Lunatic asylums Central Provinces reports 1874-1885 - 1874-1885
Year: 1874
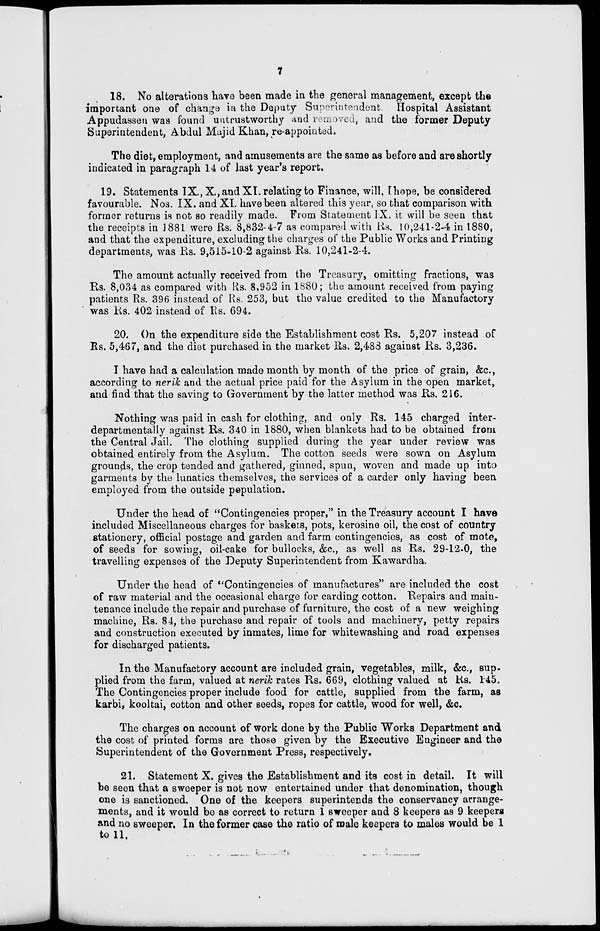
7
18. No alterations have been made in the general management, except the
important one of change in the Deputy Superintendent. Hospital Assistant
Appudassen was found untrustworthy and removed, and the former Deputy
Superintendent, Abdul Majid Khan, re-appointed.
The diet, employment, and amusements are the same as before and are shortly
indicated in paragraph 14 of last year's report.
19. Statements IX., X., and XI. relating to Finance, will, I hope, be considered
favourable. Nos. IX. and XI. have been altered this year, so that comparison with
former returns is not so readily made. From Statement IX. it will be seen that
the receipts in 1881 were Rs. 8,832-4-7 as compared with Rs. 10,241-2-4 in 1880,
and that the expenditure, excluding the charges of the Public Works and Printing
departments, was Rs. 9,515-10-2 against Rs. 10,241-2-4.
The amount actually received from the Treasury, omitting fractions, was
Rs. 8,034 as compared with Rs. 8,952 in 1880; the amount received from paying
patients Rs. 396 instead of Rs. 253, but the value credited to the Manufactory
was Rs. 402 instead of Rs. 694.
20. On the expenditure side the Establishment cost Rs. 5,207 instead of
Rs. 5,467, and the diet purchased in the market Rs. 2,483 against Rs. 3,236.
I have had a calculation made month by month of the price of grain, &c.,
according to nerik and the actual price paid for the Asylum in the open market,
and find that the saving to Government by the latter method was Rs. 216.
Nothing was paid in cash for clothing, and only Rs. 145 charged inter-
departmentally against Rs. 340 in 1880, when blankets had to be obtained from
the Central Jail. The clothing supplied during the year under review was
obtained entirely from the Asylum. The cotton seeds were sown on Asylum
grounds, the crop tended and gathered, ginned, spun, woven and made up into
garments by the lunatics themselves, the services of a carder only having been
employed from the outside population.
Under the head of "Contingencies proper," in the Treasury account I have
included Miscellaneous charges for baskets, pots, kerosine oil, the cost of country
stationery, official postage and garden and farm contingencies, as cost of mote,
of seeds for sowing, oil-cake for bullocks, &c., as well as Rs. 29-12-0, the
travelling expenses of the Deputy Superintendent from Kawardha.
Under the head of "Contingencies of manufactures" are included the cost
of raw material and the occasional charge for carding cotton. Repairs and main-
tenance include the repair and purchase of furniture, the cost of a new weighing
machine, Rs. 84, the purchase and repair of tools and machinery, petty repairs
and construction executed by inmates, lime for whitewashing and road expenses
for discharged patients.
In the Manufactory account are included grain, vegetables, milk, &c., sup-
plied from the farm, valued at nerik rates Rs. 669, clothing valued at Rs. 1-45.
The Contingencies proper include food for cattle, supplied from the farm, as
karbi, kooltai, cotton and other seeds, ropes for cattle, wood for well, &c.
The charges on account of work done by the Public Works Department and
the cost of printed forms are those given by the Executive Engineer and the
Superintendent of the Government Press, respectively.
21. Statement X. gives the Establishment and its cost in detail. It will
be seen that a sweeper is not now entertained under that denomination, though
one is sanctioned. One of the keepers superintends the conservancy arrange-
ments, and it would be as correct to return 1 sweeper and 8 keepers as 9 keepers
and no sweeper. In the former case the ratio of male keepers to males would be 1
to 11.